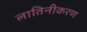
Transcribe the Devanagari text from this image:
लातिनीकरण